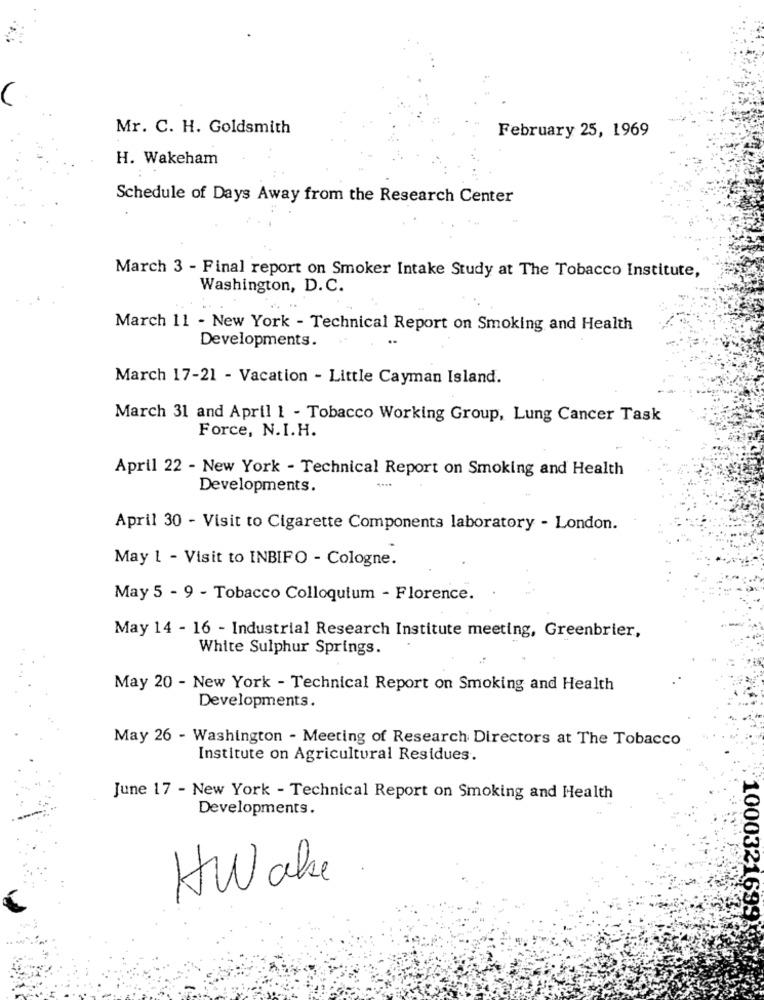
Mr. C. H. Goldsmith
February 25, 1969
H. Wakeham
Schedule of Days Away from the Research Center
March 3 - Final report on Smoker Intake Study at The Tobacco Institute,
Washington, D.C.
March 11 - New York - Technical Report on Smoking and Health
..
Developments.
March 17-21 - Vacation - Little Cayman Island.
March 31 and April 1 - Tobacco Working Group, Lung Cancer Task
Force, N.I.H.
April 22 - New York - Technical Report on Smoking and Health
Developments.
April 30 - Visit to Cigarette Components laboratory - London.
May 1 - Visit to INBIFO - Cologne.
May 5 - 9 - Tobacco Colloquium - Florence.
May 14 - 16 - Industrial Research Institute meeting, Greenbrier,
White Sulphur Springs.
May 20 - New York - Technical Report on Smoking and Health
Developments.
May 26 - Washington - Meeting of Research Directors at The Tobacco
Institute on Agricultural Residues.
June 17 - New York - Technical Report on Smoking and Health
Developments.
HWakse.
10003216991